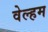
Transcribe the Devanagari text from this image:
वेल्हम